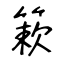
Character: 簌